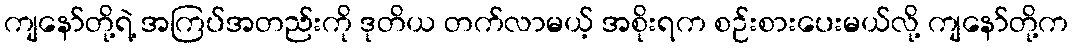
ကျနော်တို့ရဲ့ အကြပ်အတည်းကို ဒုတိယ တက်လာမယ့် အစိုးရက စဉ်းစားပေးမယ်လို့ ကျနော်တို့က